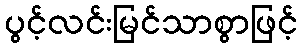
ပွင့်လင်းမြင်သာစွာဖြင့်